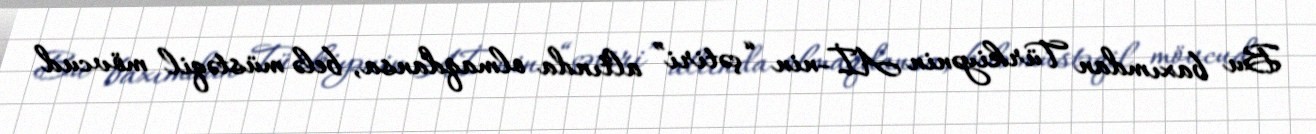
Bu baxımdan Türkiyənin Aİ-nin “çətiri” altında olmaqdansa, belə müstəqil mövcud